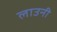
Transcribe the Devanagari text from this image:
लाउनी